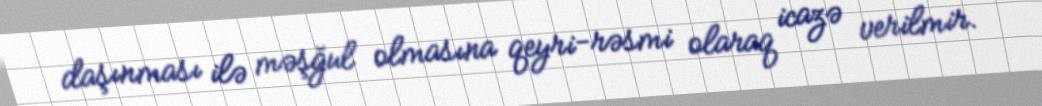
daşınması ilə məşğul olmasına qeyri-rəsmi olaraq icazə verilmir.